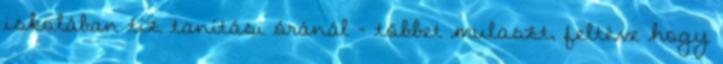
iskolában tíz tanítási óránál – többet mulaszt, feltéve hogy